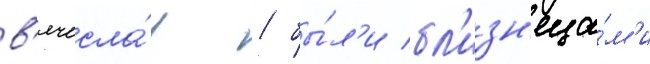
в'ячесла́в / бы́л'и бл'изн'еца́м'и